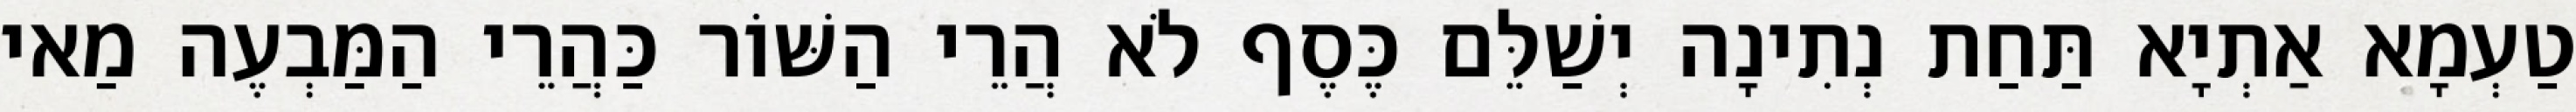
טַעְמָא אַתְיָא תַּחַת נְתִינָה יְשַׁלֵּם כֶּסֶף לֹא הֲרֵי הַשּׁוֹר כַּהֲרֵי הַמַּבְעֶה מַאי